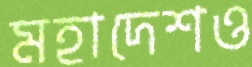
মহাদেশও